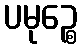
ပမုဉ္စေ